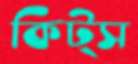
কিট্স